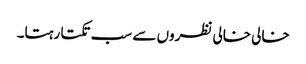
خالی خالی نظروں سے سب تکتا رہتا۔